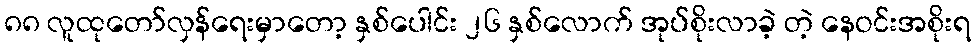
၈၈ လူထုတော်လှန်ရေးမှာတော့ နှစ်ပေါင်း ၂၆ နှစ်လောက် အုပ်စိုးလာခဲ့ တဲ့ နေဝင်းအစိုးရ